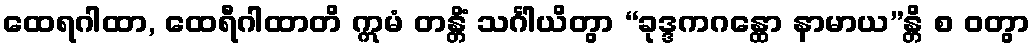
ထေရဂါထာ, ထေရီဂါထာတိ ဣမံ တန္တိံ သင်္ဂါယိတွာ “ခုဒ္ဒကဂန္ထော နာမာယ”န္တိ စ ဝတွာ